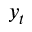
y _ { t }